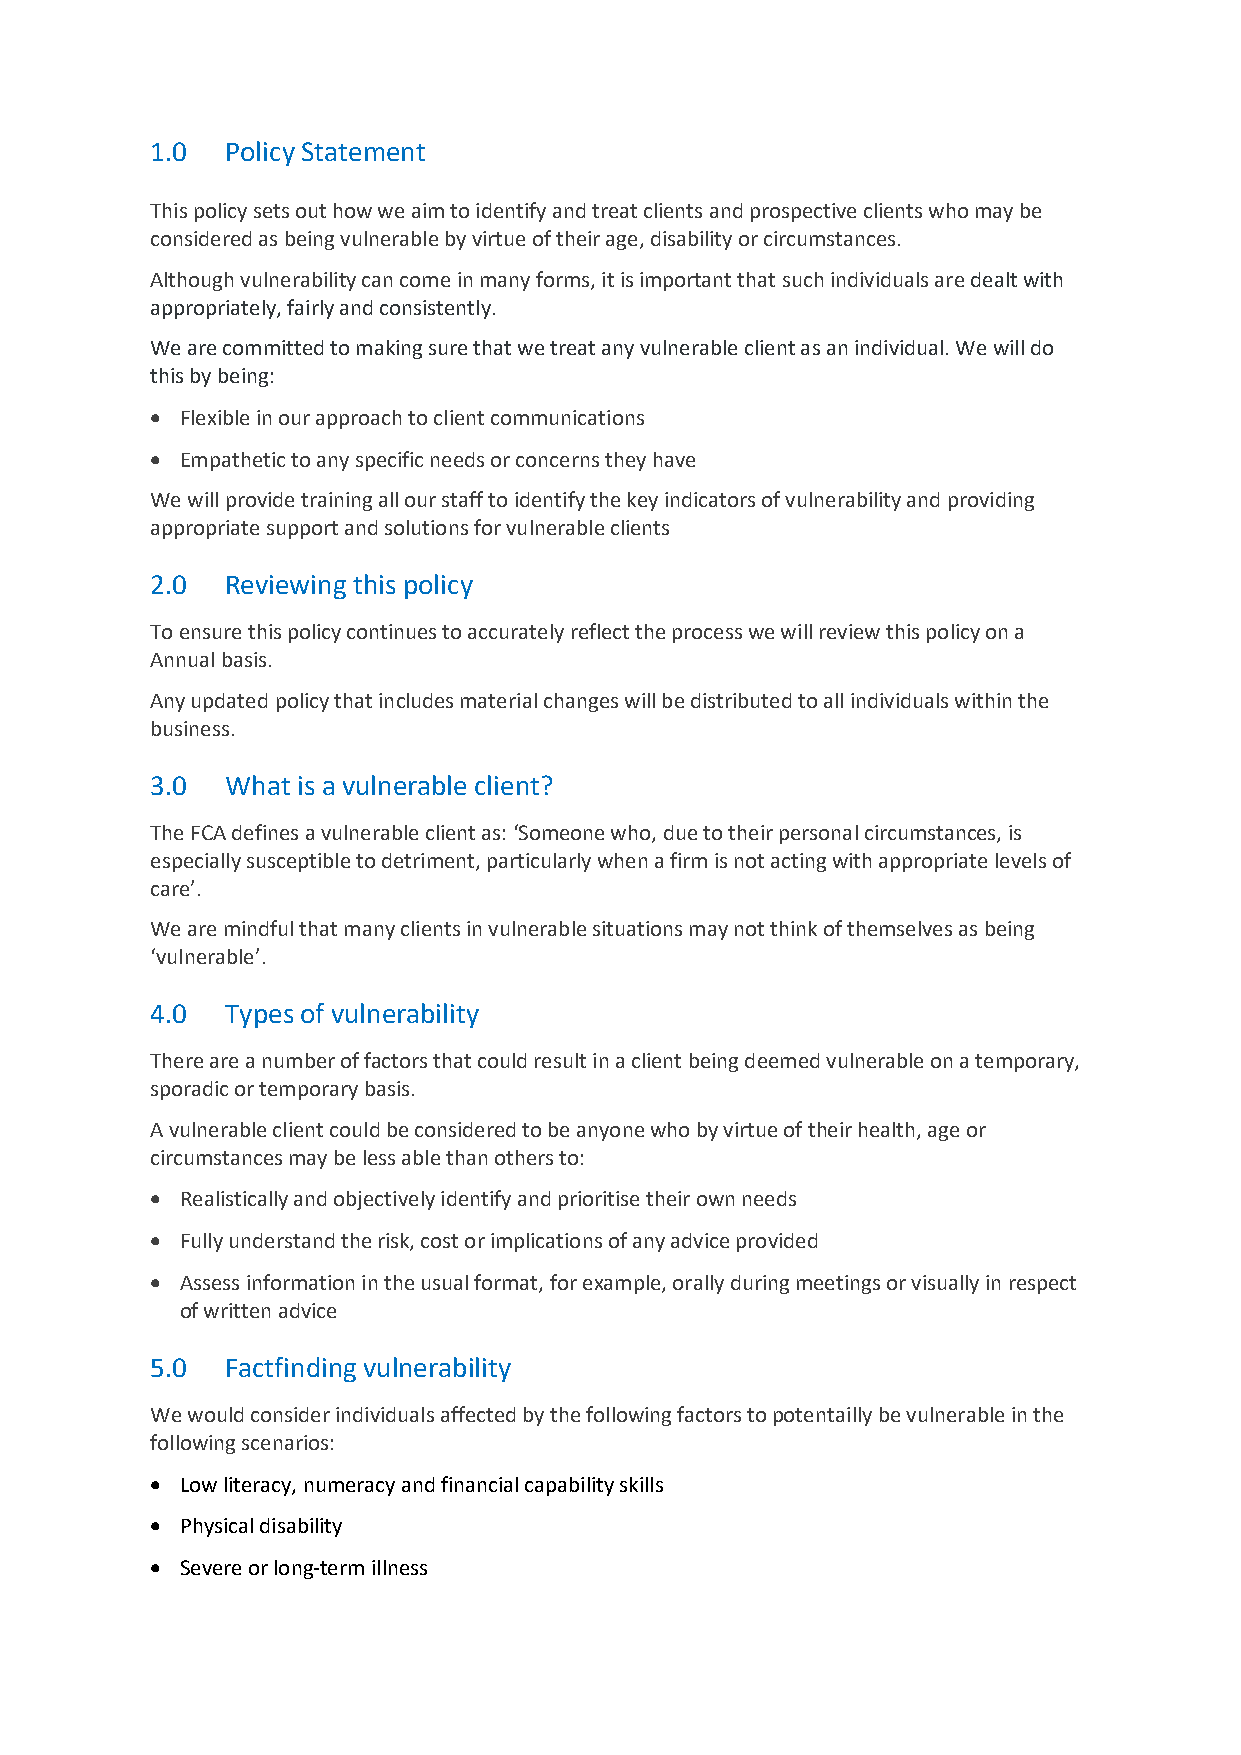
1.0  Policy Statement
 This policy sets out how we aim to identify and treat clients and prospective clients who may be
 considered as being vulnerable by virtue of their age, disability or circumstances.
 Although vulnerability can come in many forms, it is important that such individuals are dealt with
 appropriately, fairly and consistently.
 We are committed to making sure that we treat any vulnerable client as an individual. We will do
 this by being:
 • Flexible in our approach to client communications
 • Empathetic to any specific needs or concerns they have
 We will provide training all our staff to identify the key indicators of vulnerability and providing
 appropriate support and solutions for vulnerable clients
 2.0  Reviewing this policy
 To ensure this policy continues to accurately reflect the process we will review this policy on a
 Annual basis.
 Any updated policy that includes material changes will be distributed to all individuals within the
 business.
 3.0  What is a vulnerable client?
 The FCA defines a vulnerable client as: ‘Someone who, due to their personal circumstances, is
 especially susceptible to detriment, particularly when a firm is not acting with appropriate levels of
 care’.
 We are mindful that many clients in vulnerable situations may not think of themselves as being
 ‘vulnerable’.
 4.0  Types of vulnerability
 There are a number of factors that could result in a client being deemed vulnerable on a temporary,
 sporadic or temporary basis.
 A vulnerable client could be considered to be anyone who by virtue of their health, age or
 circumstances may be less able than others to:
 • Realistically and objectively identify and prioritise their own needs
 • Fully understand the risk, cost or implications of any advice provided
 • Assess information in the usual format, for example, orally during meetings or visually in respect
 of written advice
 5.0  Factfinding vulnerability
 We would consider individuals affected by the following factors to potentailly be vulnerable in the
 following scenarios:
 • Low literacy, numeracy and financial capability skills
 • Physical disability
 • Severe or long-term illness